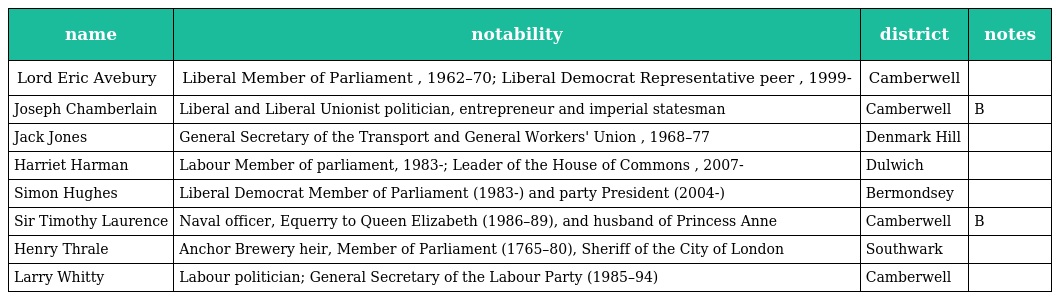
| name | notability | district | notes |
 | --- | --- | --- | --- |
 | Lord Eric Avebury | Liberal Member of Parliament , 1962–70; Liberal Democrat Representative peer , 1999- | Camberwell |  |
 | Joseph Chamberlain | Liberal and Liberal Unionist politician, entrepreneur and imperial statesman | Camberwell | B |
 | Jack Jones | General Secretary of the Transport and General Workers' Union , 1968–77 | Denmark Hill |  |
 | Harriet Harman | Labour Member of parliament, 1983-; Leader of the House of Commons , 2007- | Dulwich |  |
 | Simon Hughes | Liberal Democrat Member of Parliament (1983-) and party President (2004-) | Bermondsey |  |
 | Sir Timothy Laurence | Naval officer, Equerry to Queen Elizabeth (1986–89), and husband of Princess Anne | Camberwell | B |
 | Henry Thrale | Anchor Brewery heir, Member of Parliament (1765–80), Sheriff of the City of London | Southwark |  |
 | Larry Whitty | Labour politician; General Secretary of the Labour Party (1985–94) | Camberwell |  |